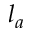
l _ { a }